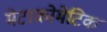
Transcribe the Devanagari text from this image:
मेटाक्रोमेटिक